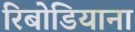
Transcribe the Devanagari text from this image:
रिबोडियाना